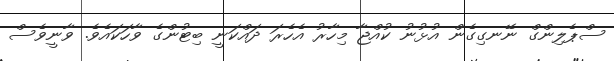
ސްޕެލިންގް ނޭނގިގެން އުޅުނު ކުއްޖާ މިހާރު އެހެރަ ދައްކަނީ ބިޓުންގެ ވާހަކައެވެ. ވާނީވެސް